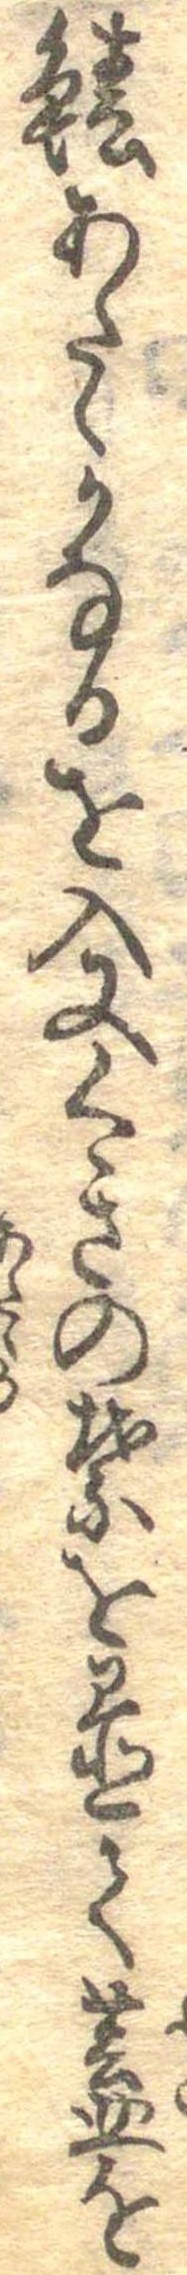
鰆あたゝかなるを入又くきの葉を置て蓋を